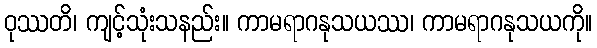
ဝုဿတိ၊ ကျင့်သုံးသနည်း။ ကာမရာဂနုသယဿ၊ ကာမရာဂနုသယကို။